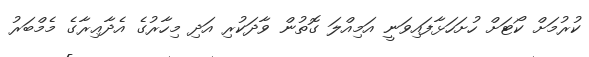
ކުރުމަށް ކޯޓަށް ހުށަހަަޅާފައިވަނީ އަމިއްލަ ގޮތުން ވާދަކުރި އަދި މިހާރުގެ އެދާޢިރާގެ މެމްބަރު